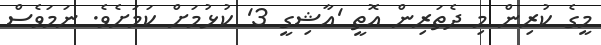
މީގެ ކުރިން މި ދެތަރިން އޮތީ 'އާޝިގީ 3' ކުޅުމަށް ކަމަށެވެ. ނަމަވެސް